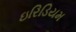
ઇરિડિયમ